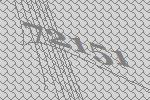
72151